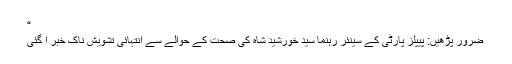
“
ضرور پڑھیں: پیپلز پارٹی کے سینئر رہنما سید خورشید شاہ کی صحت کے حوالے سے انتہائی تشویش ناک خبر آ گئی